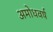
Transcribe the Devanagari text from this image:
अमोधवर्ष